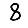
Digit: 8